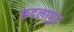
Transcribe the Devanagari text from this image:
रूदलापुर